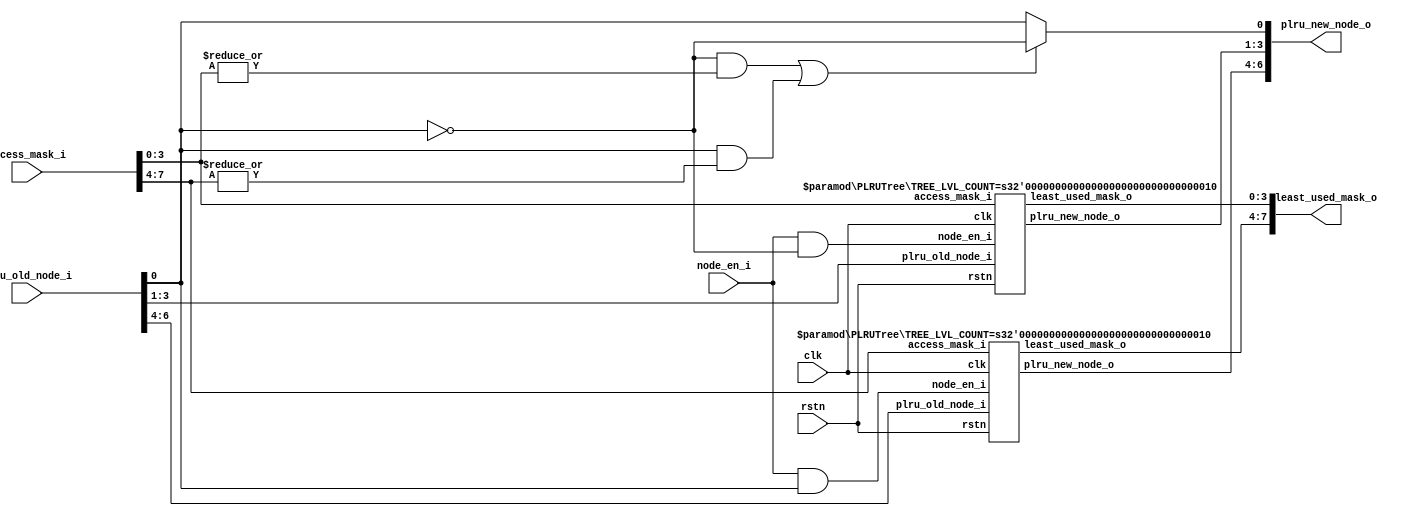
module PLRUTree (
	access_mask_i,
	plru_old_node_i,
	plru_new_node_o,
	node_en_i,
	least_used_mask_o,
	clk,
	rstn
);
	parameter TREE_LVL_COUNT = 3;
	localparam ENTRY_COUNT = 1 << TREE_LVL_COUNT;
	localparam NODE_COUNT = ENTRY_COUNT - 1;
	input [ENTRY_COUNT - 1:0] access_mask_i;
	input [NODE_COUNT - 1:0] plru_old_node_i;
	output wire [NODE_COUNT - 1:0] plru_new_node_o;
	input node_en_i;
	output wire [ENTRY_COUNT - 1:0] least_used_mask_o;
	input clk;
	input rstn;
	wire node_toggle_en;
	wire node;
	wire left_child_node_en;
	wire right_child_node_en;
	wire access_left;
	wire access_right;
	assign node = plru_old_node_i[0];
	assign node_toggle_en = (~node & access_left) | (node & access_right);
	assign plru_new_node_o[0] = (node_toggle_en ? ~node : node);
	assign access_left = |access_mask_i[(ENTRY_COUNT / 2) - 1:0];
	assign access_right = |access_mask_i[ENTRY_COUNT - 1:ENTRY_COUNT / 2];
	assign left_child_node_en = node_en_i & ~node;
	assign right_child_node_en = node_en_i & node;
	generate
		if (TREE_LVL_COUNT > 1) begin : gen_child_tree
			PLRUTree #(.TREE_LVL_COUNT(TREE_LVL_COUNT - 1)) u_left_child_PLRUTree(
				.access_mask_i(access_mask_i[(ENTRY_COUNT / 2) - 1:0]),
				.plru_old_node_i(plru_old_node_i[(NODE_COUNT - 1) / 2:1]),
				.plru_new_node_o(plru_new_node_o[(NODE_COUNT - 1) / 2:1]),
				.node_en_i(left_child_node_en),
				.least_used_mask_o(least_used_mask_o[(ENTRY_COUNT / 2) - 1:0]),
				.clk(clk),
				.rstn(rstn)
			);
			PLRUTree #(.TREE_LVL_COUNT(TREE_LVL_COUNT - 1)) u_right_child_PLRUTree(
				.access_mask_i(access_mask_i[ENTRY_COUNT - 1:ENTRY_COUNT / 2]),
				.plru_old_node_i(plru_old_node_i[NODE_COUNT - 1:(NODE_COUNT + 1) / 2]),
				.plru_new_node_o(plru_new_node_o[NODE_COUNT - 1:(NODE_COUNT + 1) / 2]),
				.node_en_i(right_child_node_en),
				.least_used_mask_o(least_used_mask_o[ENTRY_COUNT - 1:ENTRY_COUNT / 2]),
				.clk(clk),
				.rstn(rstn)
			);
		end
		else begin : gen_leaf
			assign least_used_mask_o[0] = left_child_node_en;
			assign least_used_mask_o[1] = right_child_node_en;
		end
	endgenerate
endmodule